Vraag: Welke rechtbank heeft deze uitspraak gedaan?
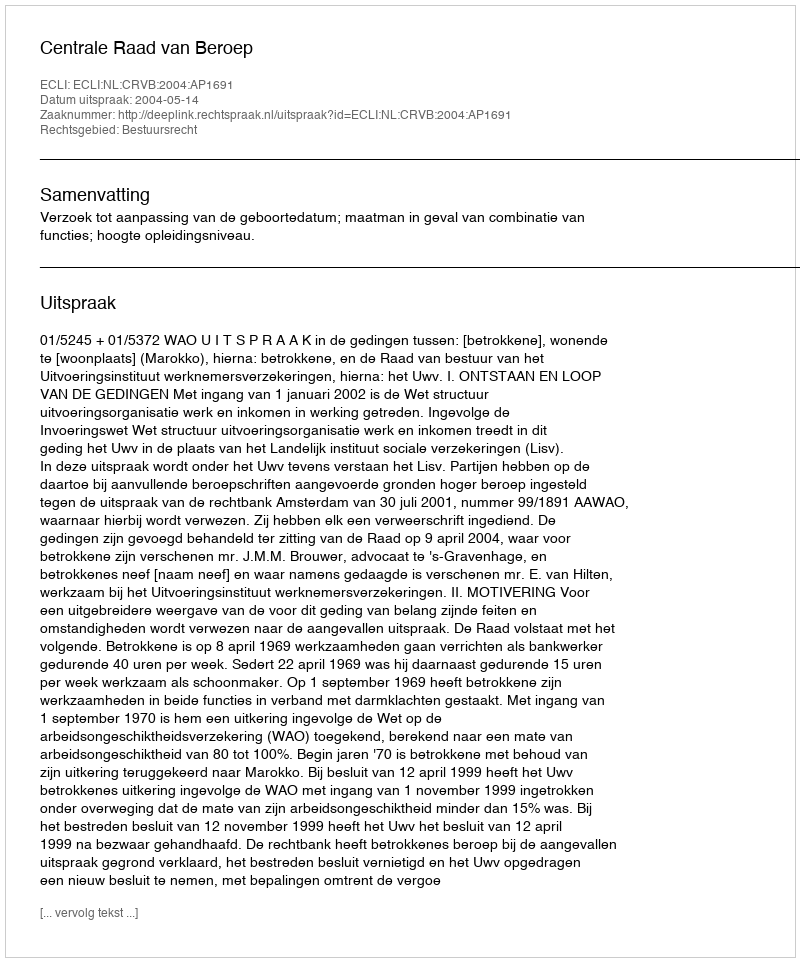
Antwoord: Centrale Raad van Beroep